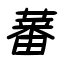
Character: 蕃